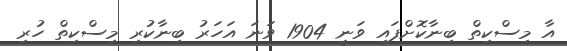
އާ މިސްކިތް ބިނާކޮށްފައި ވަނީ 1904 ވަނަ އަަހަރު ބިނާކުރި މިސްކިތް ހުރި